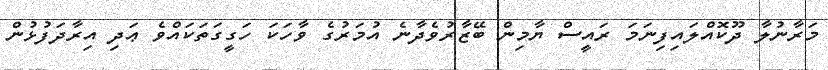
މަރާނުލާ ދޫކޮައްލައިފިނަމަ ރަައީސް ޔާމިން ބޭޒާރުވެދާނެ އުމަރުގެ ވާހަކަ ހަގީގަތަކައްވެ ޢަދި އިރާދަފުޅުން